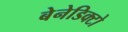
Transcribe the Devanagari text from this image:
बेनेडिक्टो